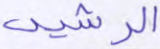
الرشيد